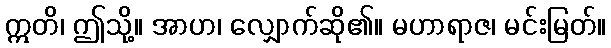
ဣတိ၊ ဤသို့။ အာဟ၊ လျှောက်ဆို၏။ မဟာရာဇ၊ မင်းမြတ်။